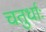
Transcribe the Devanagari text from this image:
चतुर्धाः